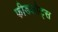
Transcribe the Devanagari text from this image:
फीडलौट्स